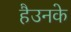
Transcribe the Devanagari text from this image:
हैउनके